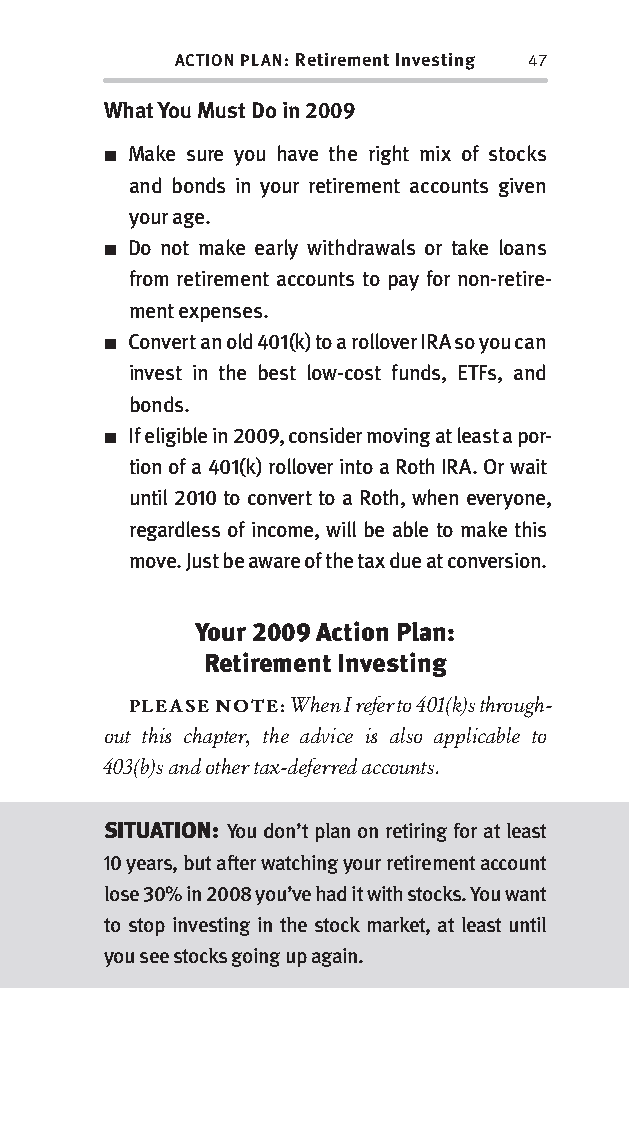
ACTION PLAN: Retirement Investing 47
 What You Must Do in 2009
 ■ Make sure you have the right mix of stocks
 and bonds in your retirement accounts given
 your age.
 ■ Do not make early withdrawals or take loans
 from retirement accounts to pay for non-retire-
 ment expenses.
 ■ Convert an old 401(k) to a rollover IRA so you can
 invest in the best low-cost funds, ETFs, and
 bonds.
 ■ If eligible in 2009, consider moving at least a por-
 tion of a 401(k) rollover into a Roth IRA. Or wait
 until 2010 to convert to a Roth, when everyone,
 regardless of income, will be able to make this
 move. Just be aware of the tax due at conversion.
 Your 2009 Action Plan:
 Retirement Investing
 PLEASE NOTE: When I refer to 401(k)s through-
 out this chapter, the advice is also applicable to
 403(b)s and other tax-deferred accounts.
 SITUATION: You don’t plan on retiring for at least
 10 years, but after watching your retirement account
 lose 30% in 2008 you’ve had it with stocks. You want
 to stop investing in the stock market, at least until
 you see stocks going up again.
 OOrrmmaa__99778800338855553300993344__44pp__aallll__rr11..iinndddd 4477 1122//33//0088 99::3311::0066 AAMM